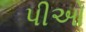
પીઓ